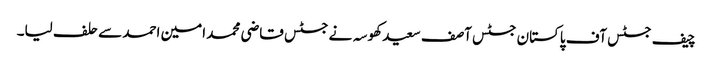
چیف جسٹس آف پاکستان جسٹس آصف سعید کھوسہ نے جسٹس قاضی محمد امین احمد سے حلف لیا۔